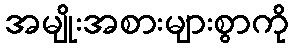
အမျိုးအစားများစွာကို